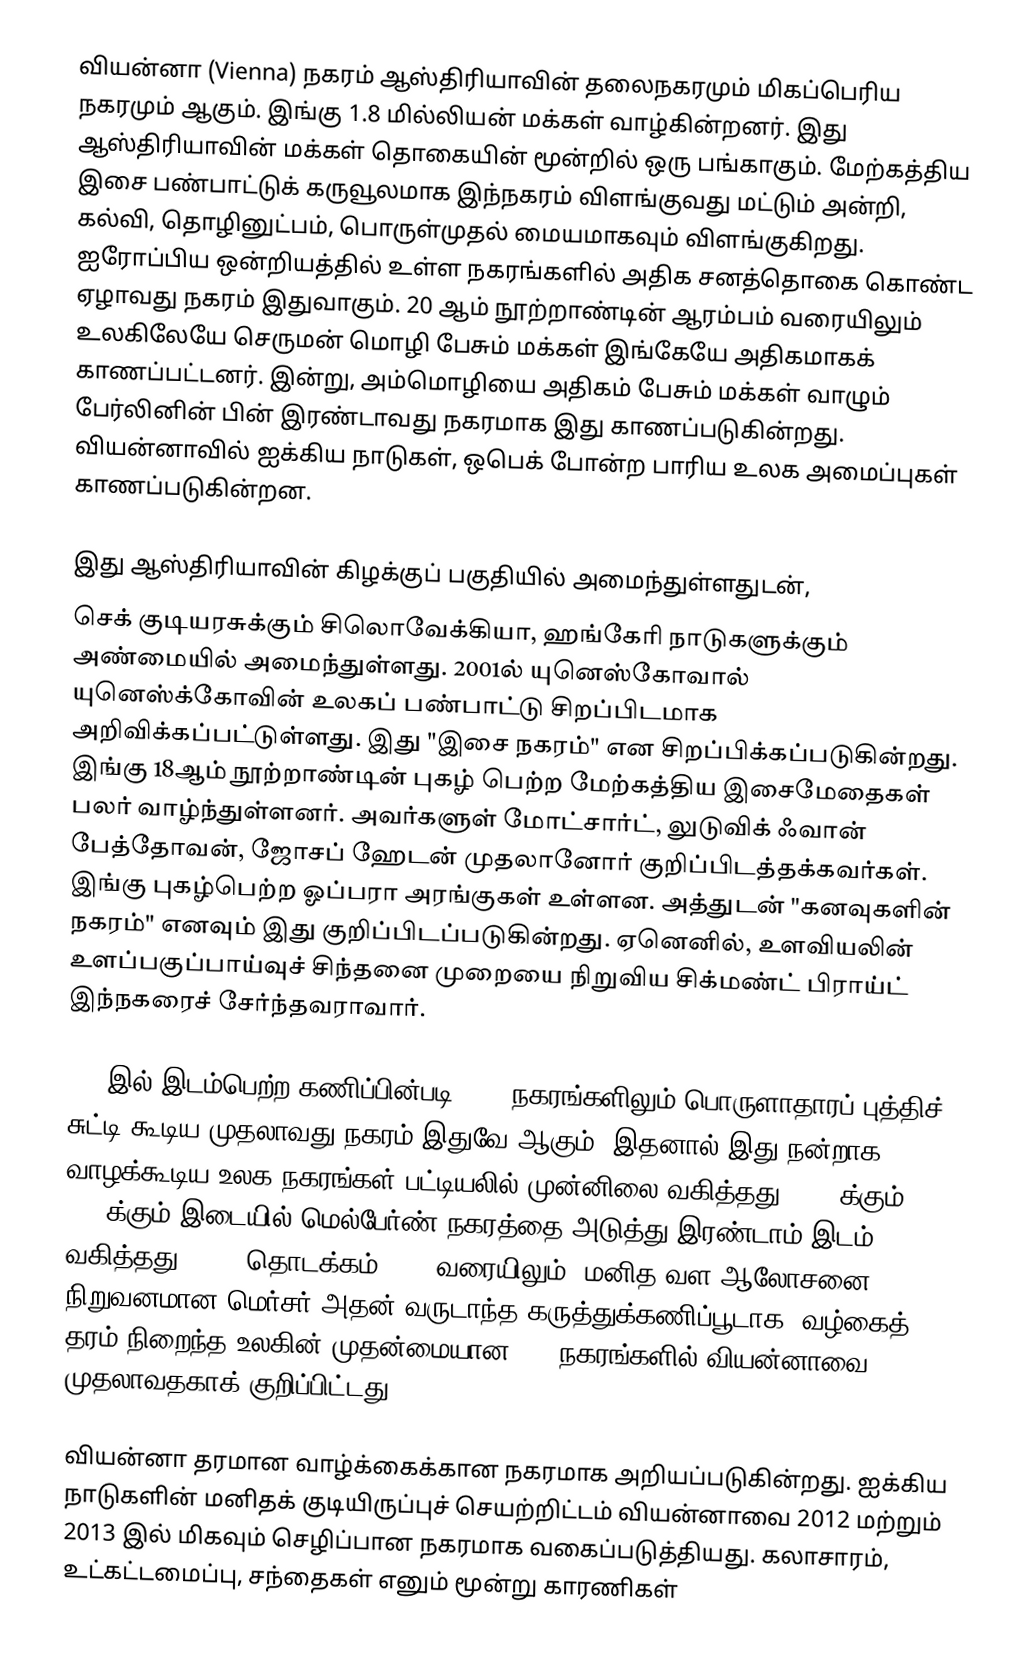
வியன்னா (Vienna) நகரம் ஆஸ்திரியாவின் தலைநகரமும் மிகப்பெரிய நகரமும் ஆகும். இங்கு 1.8 மில்லியன் மக்கள் வாழ்கின்றனர். இது ஆஸ்திரியாவின் மக்கள் தொகையின் மூன்றில் ஒரு பங்காகும். மேற்கத்திய இசை பண்பாட்டுக் கருவூலமாக இந்நகரம் விளங்குவது மட்டும் அன்றி, கல்வி, தொழினுட்பம், பொருள்முதல் மையமாகவும் விளங்குகிறது. ஐரோப்பிய ஒன்றியத்தில் உள்ள நகரங்களில் அதிக சனத்தொகை கொண்ட ஏழாவது நகரம் இதுவாகும். 20 ஆம் நூற்றாண்டின் ஆரம்பம் வரையிலும் உலகிலேயே செருமன் மொழி பேசும் மக்கள் இங்கேயே அதிகமாகக் காணப்பட்டனர். இன்று, அம்மொழியை அதிகம் பேசும் மக்கள் வாழும் பேர்லினின் பின் இரண்டாவது நகரமாக இது காணப்படுகின்றது. வியன்னாவில் ஐக்கிய நாடுகள், ஒபெக் போன்ற பாரிய உலக அமைப்புகள் காணப்படுகின்றன.

இது ஆஸ்திரியாவின் கிழக்குப் பகுதியில் அமைந்துள்ளதுடன்,
செக் குடியரசுக்கும் சிலொவேக்கியா, ஹங்கேரி நாடுகளுக்கும் அண்மையில் அமைந்துள்ளது. 2001ல் யுனெஸ்கோவால் யுனெஸ்க்கோவின் உலகப் பண்பாட்டு சிறப்பிடமாக அறிவிக்கப்பட்டுள்ளது. இது "இசை நகரம்" என சிறப்பிக்கப்படுகின்றது. இங்கு 18ஆம் நூற்றாண்டின் புகழ் பெற்ற மேற்கத்திய இசைமேதைகள் பலர் வாழ்ந்துள்ளனர். அவர்களுள் மோட்சார்ட், லுடுவிக் ஃவான் பேத்தோவன், ஜோசப் ஹேடன் முதலானோர் குறிப்பிடத்தக்கவர்கள். இங்கு புகழ்பெற்ற ஓப்பரா அரங்குகள் உள்ளன. அத்துடன் "கனவுகளின் நகரம்" எனவும் இது குறிப்பிடப்படுகின்றது. ஏனெனில்,  உளவியலின் உளப்பகுப்பாய்வுச் சிந்தனை முறையை நிறுவிய சிக்மண்ட் பிராய்ட் இந்நகரைச் சேர்ந்தவராவார்.

2005இல் இடம்பெற்ற கணிப்பின்படி, 127 நகரங்களிலும் பொருளாதாரப் புத்திச் சுட்டி கூடிய முதலாவது நகரம் இதுவே ஆகும். இதனால் இது நன்றாக வாழக்கூடிய உலக நகரங்கள் பட்டியலில் முன்னிலை வகித்தது. 2011க்கும் 2015க்கும் இடையில் மெல்பேர்ண் நகரத்தை அடுத்து இரண்டாம் இடம் வகித்தது. 2009 தொடக்கம் 2016 வரையிலும், மனித வள-ஆலோசனை நிறுவனமான மெர்சர் அதன் வருடாந்த கருத்துக்கணிப்பூடாக, வழ்கைத் தரம் நிறைந்த உலகின் முதன்மையான 100 நகரங்களில் வியன்னாவை முதலாவதகாக் குறிப்பிட்டது.

வியன்னா தரமான வாழ்க்கைக்கான நகரமாக அறியப்படுகின்றது. ஐக்கிய நாடுகளின் மனிதக் குடியிருப்புச் செயற்றிட்டம் வியன்னாவை 2012 மற்றும் 2013 இல் மிகவும் செழிப்பான நகரமாக வகைப்படுத்தியது. கலாசாரம், உட்கட்டமைப்பு, சந்தைகள் எனும் மூன்று காரணிகள்